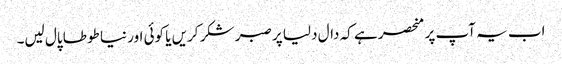
اب یہ آپ پر منحصر ہے کہ دال دلیا پر صبر شکر کریں یا کوئی اور نیا طوطا پال لیں۔